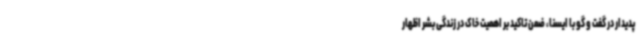
پدیدار در گفت و گو با ایسنا، ضمن تاکید بر اهمیت خاک در زندگی بشر اظهار